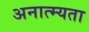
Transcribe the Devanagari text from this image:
अनात्म्यता